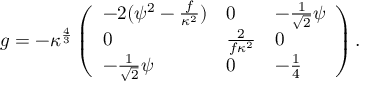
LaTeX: g = - \kappa ^ { \frac { 4 } { 3 } } \left( \begin{array} { l l l } { { - 2 ( \psi ^ { 2 } - { \frac { f } { \kappa ^ { 2 } } } ) } } & { { 0 } } & { { - { \frac { 1 } { \sqrt { 2 } } } \psi } } \\ { { 0 } } & { { { \frac { 2 } { f \kappa ^ { 2 } } } } } & { { 0 } } \\ { { - { \frac { 1 } { \sqrt { 2 } } } \psi } } & { { 0 } } & { { - { \frac { 1 } { 4 } } } } \end{array} \right) .